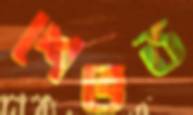
শেভড